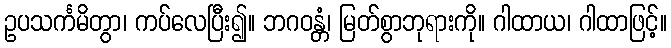
ဥပသင်္ကမိတွာ၊ ကပ်လေပြီး၍။ ဘဂဝန္တံ၊ မြတ်စွာဘုရားကို။ ဂါထာယ၊ ဂါထာဖြင့်။